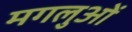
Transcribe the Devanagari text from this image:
मगलुओं